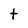
Character: t